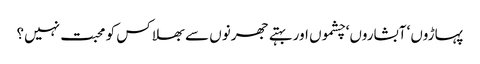
پہاڑوں‘ آبشاروں‘ چشموں اور بہتے جھرنوں سے بھلا کس کو محبت نہیں؟